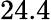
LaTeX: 24.4